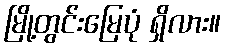
မြို့တွင်းမြေပုံ ရှိလား။